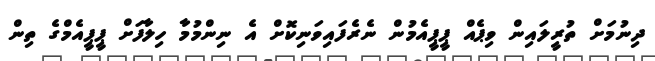
ދިނުމަށް ތުރީލައިން ވިޕެއް ޕީޕީއެމުން ނެރެފައިވަނިކޮށް އެ ނިންމުމާ ހިލާފަށް ޕީޕީއެމްގެ ތިން